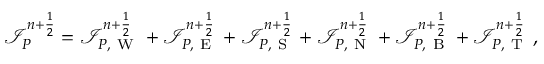
\mathcal I _ { P } ^ { n + \frac 1 2 } = \mathcal I _ { P , \mathrm { ~ W ~ } } ^ { n + \frac 1 2 } + \mathcal I _ { P , \mathrm { ~ E ~ } } ^ { n + \frac 1 2 } + \mathcal I _ { P , \mathrm { ~ S ~ } } ^ { n + \frac 1 2 } + \mathcal I _ { P , \mathrm { ~ N ~ } } ^ { n + \frac 1 2 } + \mathcal I _ { P , \mathrm { ~ B ~ } } ^ { n + \frac 1 2 } + \mathcal I _ { P , \mathrm { ~ T ~ } } ^ { n + \frac 1 2 } \, ,